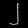
Digit: ၂